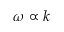
\omega \propto k